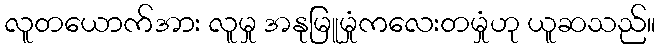
လူတယောက်အား လူမှု အနုမြူမှုံကလေးတမှုံဟု ယူဆသည်။